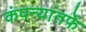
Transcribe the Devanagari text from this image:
कंपन्यांतर्फे